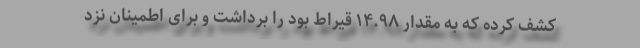
کشف کرده که به مقدار ۱۴.۹۸ قیراط بود را برداشت و برای اطمینان نزد